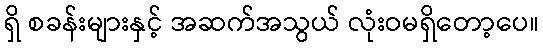
ရှိ စခန်းများနှင့် အဆက်အသွယ် လုံးဝမရှိတော့ပေ။